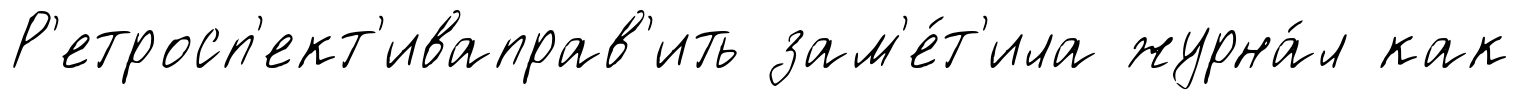
Р'етросп'ект'иваправ'ить зам'е́т'ила журна́л как